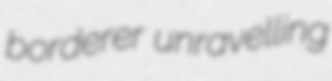
borderer unravelling